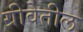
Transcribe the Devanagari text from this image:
ग्रीवेतील